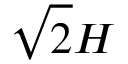
\sqrt { 2 } H